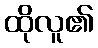
ထိုလူ၏